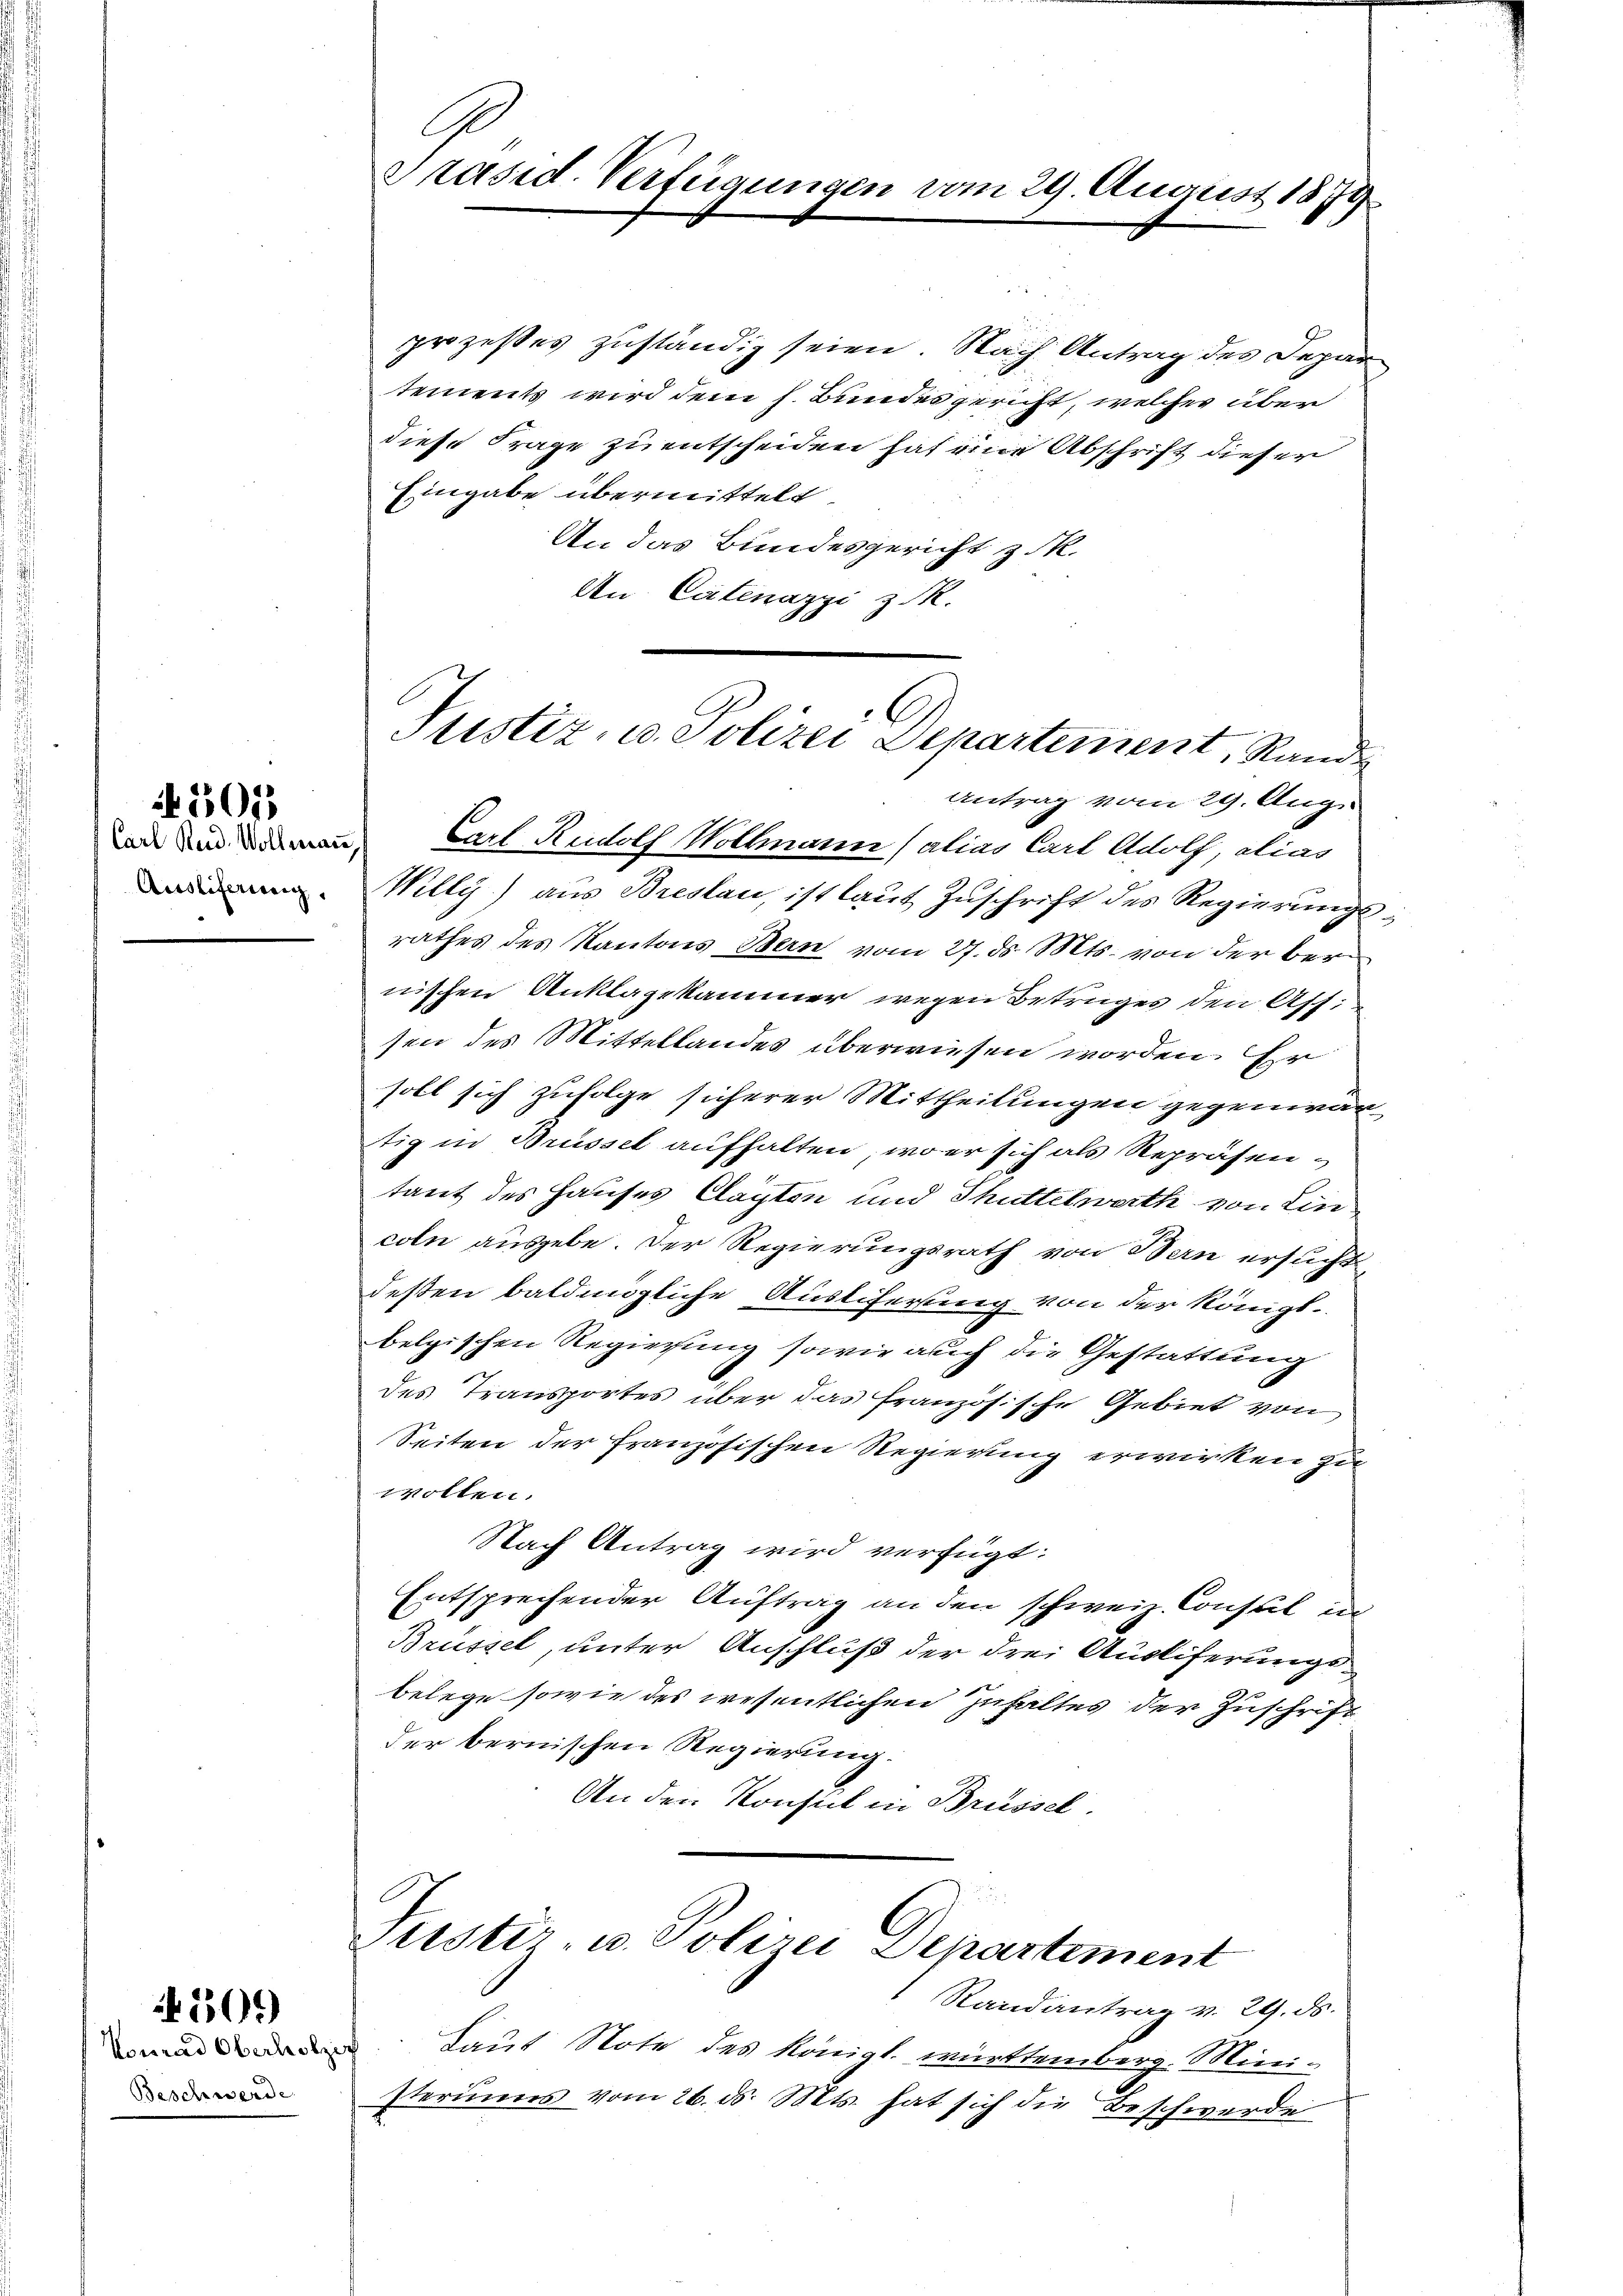
Auslieferung.

45013

Beschwerde

509

C
Präsid. Verfügungen vom 29. August 1879

5. J
prozesses zuständig seien. Nach Antrag des Departements wird dem h. Bundes gericht, welches über
diese Frage zu entscheiden hat eine Abschrift dieser
Eingabe übermittelt
An das Bundesgericht z. R.
An Catenazzi z. R.

Justiz, u. Polizei Departement, Rand
Antrag vom 29. Aug.
an die Carl Rudolf Vollmann (alias Carl Adolf, alias

Justir- u. Polizei Departement
Randantrag v. 29. ds.

Willy) aus Breslau, ist laut Zuschrift des Regierungsrathes des Kantons Bern vom 27. ds. Mts. von der bernischen Anklagekammer wegen Betruges den Ass
sen des Mittellandes überwiesen worden. Er
soll sich zufolge sicherer Mittheilungen gegenwärtig in Brüssel aufhalten, wo er sich als Repräsentant des Hauses Clagten und Thüttelwerth von Eincoln ausgebe. Der Regierungsrath von Bern ersucht
deßen baldmögliche Auslieferung von der Königl.
belgischen Regierung sowie auch die Gestattung
des Transportes über das französische Gebiet von
Seiten der französischen Regierung erwirken zu
wolten.
Nach Antrag wird verfügt:
Entsprechender Auftrag an den schweiz. Consul in
Brüssel, unter Anschluß der drei Ausliferungsbelege sowie des wesentlichen Inhaltes der Zuschrift
der bernischen Regierung.
An den Konseil in Brüssel.

m Laut Note des königl. württemberg. Mini-
steriums vom 26. ds. Mts. hat sich die Beschwerde